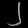
Digit: ၂